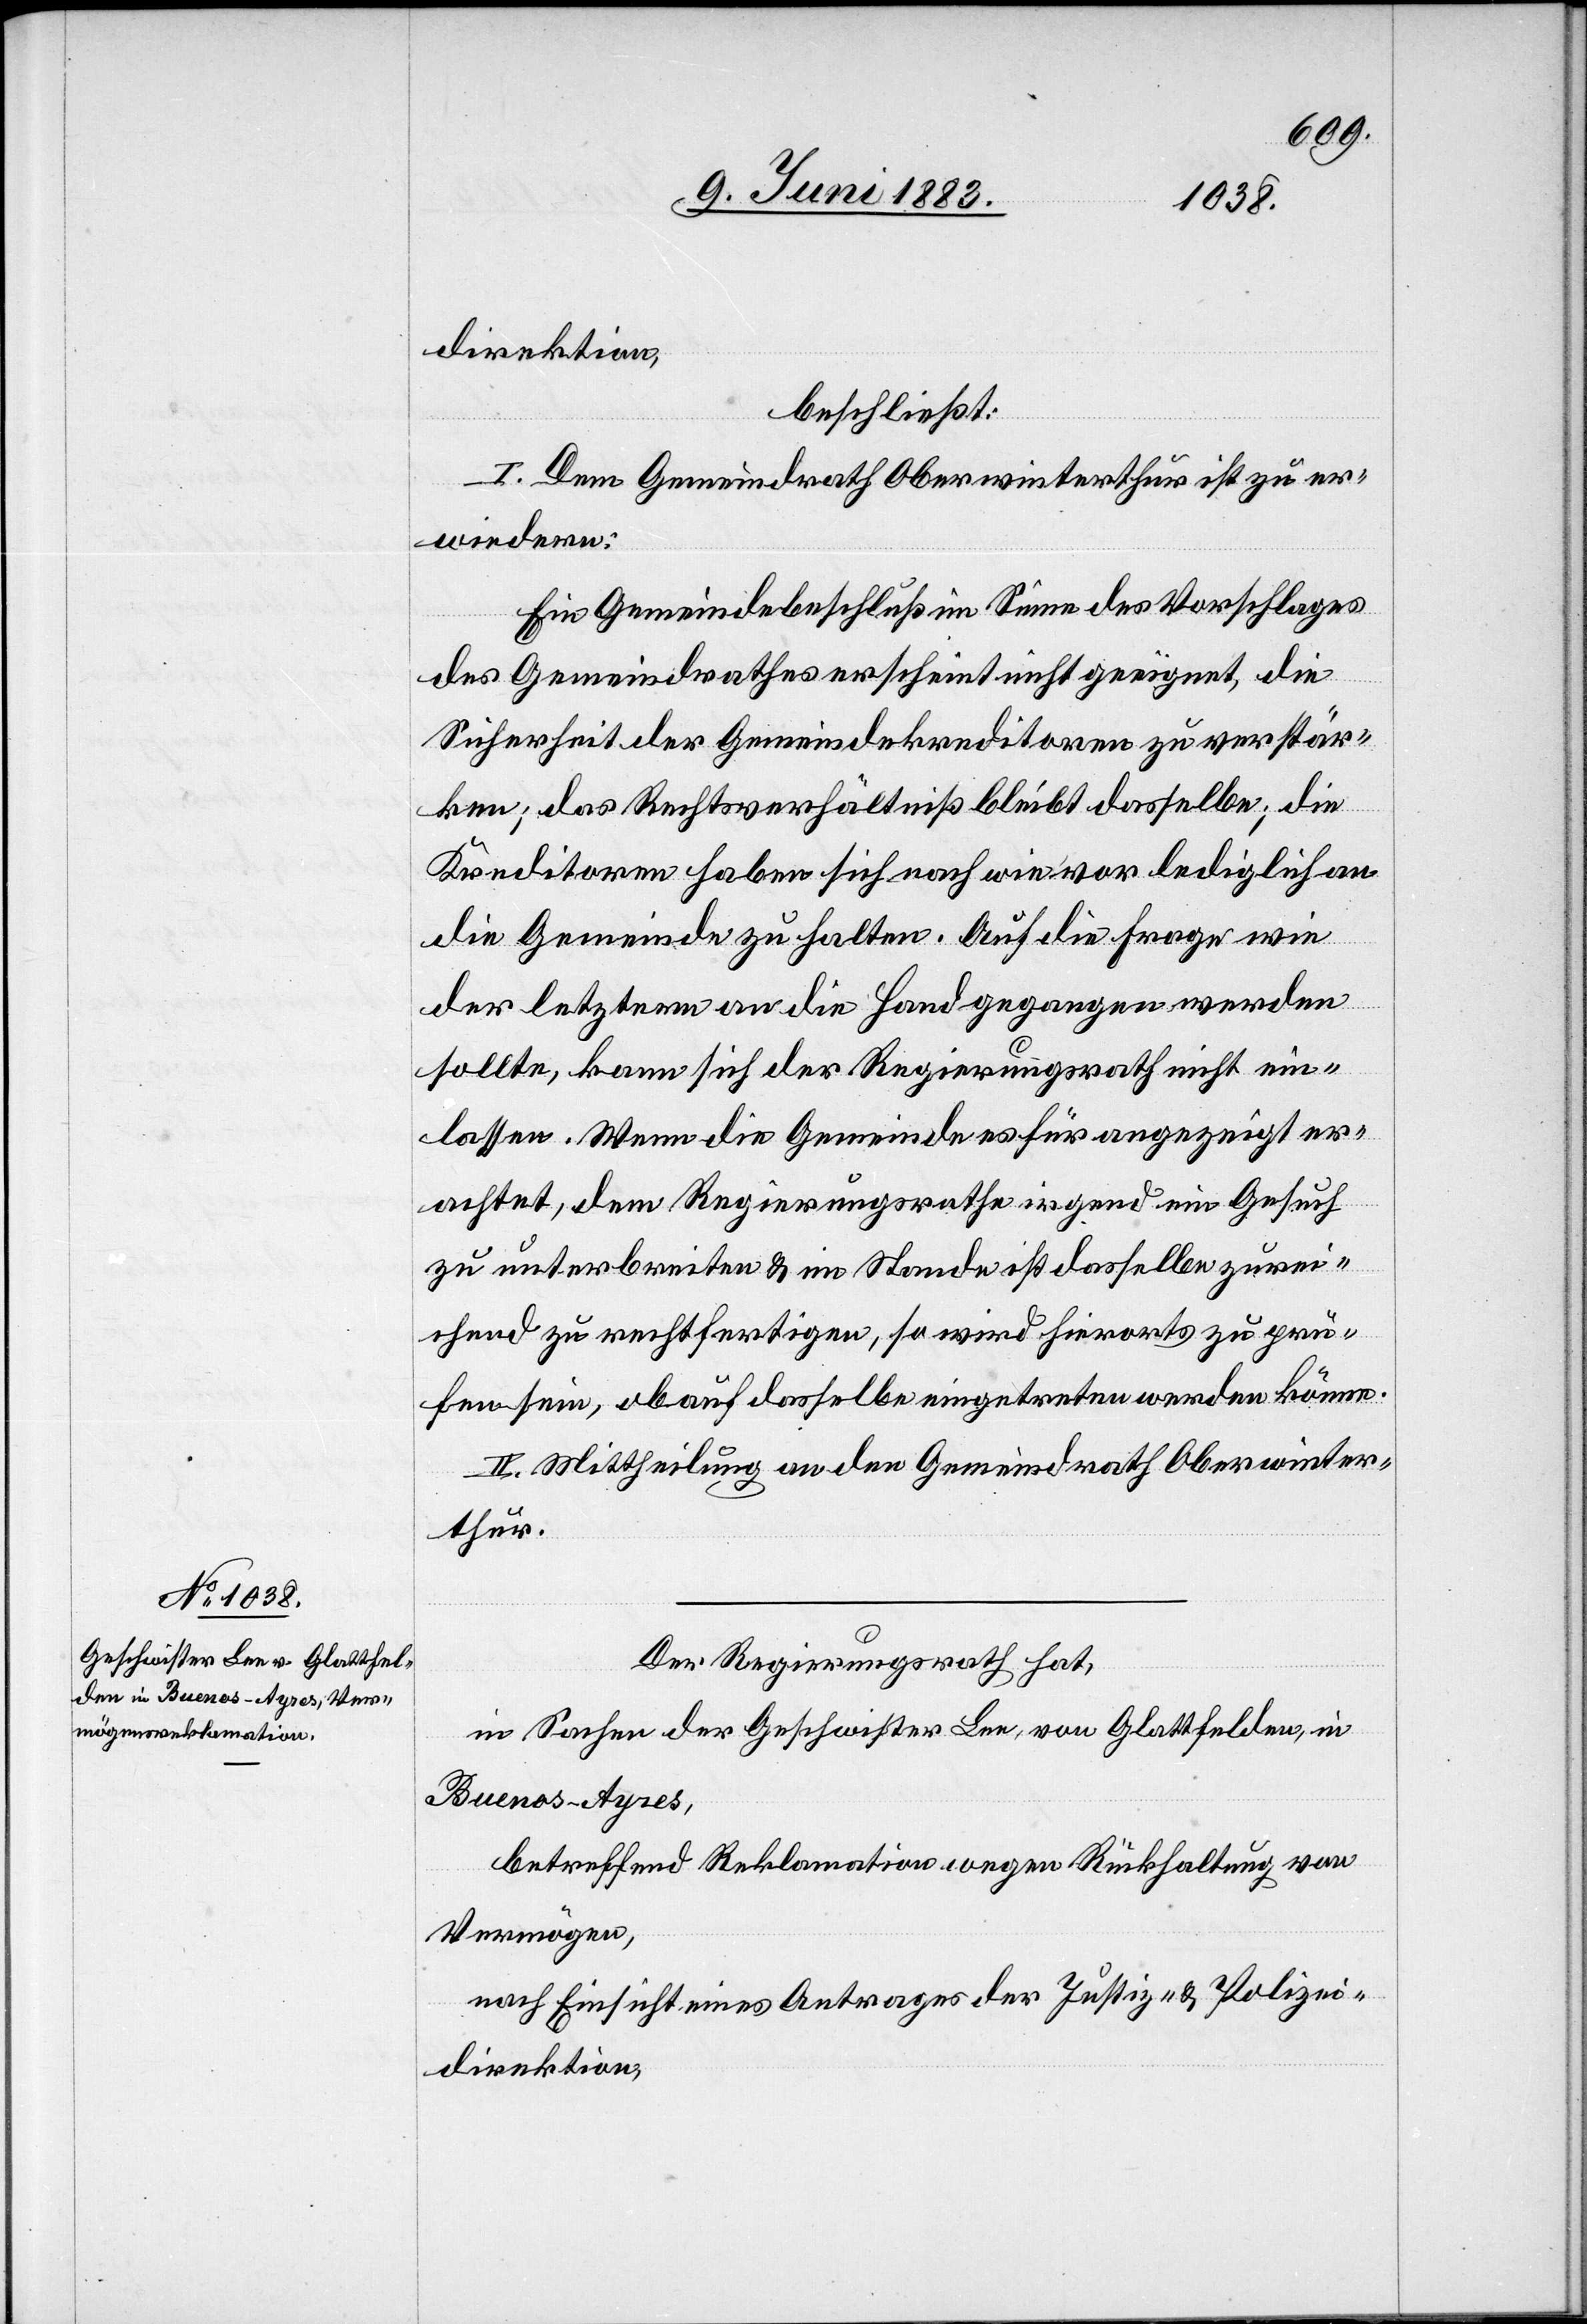
direktion,
beschließt:
I. Dem Gemeindrath Oberwinterthur ist zu er¬
wiedern:
Ein Gemeindebeschluß im Sinne des Vorschlages
des Gemeindrathes erscheint nicht geeignet, die
Sicherheit der Gemeindekreditoren zu verstär¬
ken; das Rechtsverhältniß bleibt dasselbe; die
Kreditoren haben sich nach wie vor lediglich an
die Gemeinde zu halten. Auf die Frage wie
der letztern an die Hand gegangen werden
sollte, kann sich der Regierungsrath nicht ein¬
lassen. Wenn die Gemeinde es für angezeigt er¬
achtet, dem Regierungsrathe irgend ein Gesuch
zu unterbreiten & im Stande ist dasselbe zurei¬
chend zu rechtfertigen, so wird hierorts zu prü¬
fen sein, ob auf dasselbe eingetreten werden könne.
II. Mittheilung an den Gemeindrath Oberwinter¬
thur.
Der Regierungsrath hat,
in Sachen der Geschwister Lee, von Glattfelden, in
Buenos-Ayres,
betreffend Reklamation wegen Rückhaltung von
Vermögen,
nach Einsicht eines Antrages der Justiz- & Polizei¬
direktion,